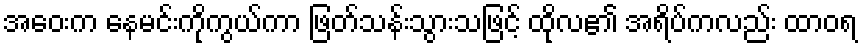
အဝေးက နေမင်းကိုကွယ်ကာ ဖြတ်သန်းသွားသဖြင့် ထိုလ၏ အရိပ်ကလည်း ထာဝရ